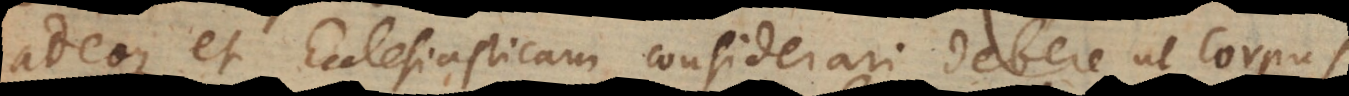
adeoque et Ecclesiasticam considerari debere ut Corpus